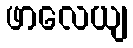
ဖာလေယျ